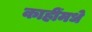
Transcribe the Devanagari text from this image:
काहींमधे